Indian Medical Review
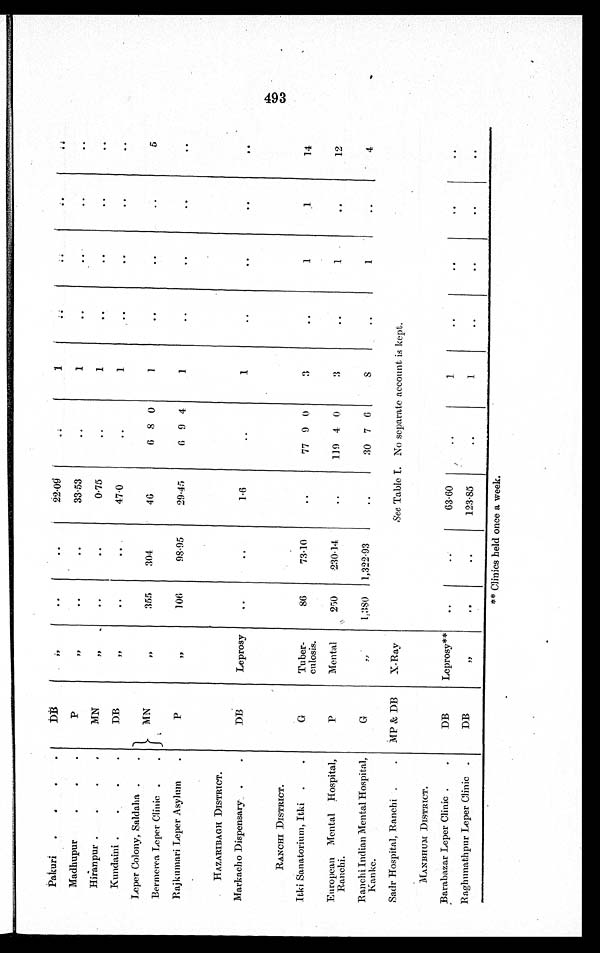
Pakuri
.
. . .
D B
„
..
..
22.09
. .
1
..
..
. .
. .
Madhupur. .
.
P
„ ..
..
33.53
..
1
..
..
..
..
Hiranpur .
.
.
.
MN
„
..
. .
0.75
..
1
..
..
..
. .
Kundaini .
. . .
DB
„ ..
. .
47.0
..
1
..
. .
. .
. .
Leper Colony, Saldaha .
.
M N
„ 355
304
46
6 8 0
1
..
..
..
5
Bermerea Leper Clinic .
.
Rajkumari Leper Asylum
.
P
„
106
98.95
29.45
6 9 4
1
..
. .
. .
. .
HAZARIBAGH DISTRICT.
DB
Leprosy
..
..
1.6
..
1
..
. .
. .
. .
Markacho Dispensary .
.
RANCHI DISTRICT.
G
Tuber-
culosis.
86
73.1
..
77 9 0
3
..
1
1
14
Itki Sanatorium, Itki
.
.
European Mental
Hospital,
Ranchi.
P
Mental
250
230.14
..
119 4 0
3
..
1
..
12
Ranchi Indian Mental Hospital,
K a n k e .
G
„
1,380
1,322.93
..
30 7 6
8
..
1
..
4
Sadr Hospital, Ranchi .
.
MP & DB
X-Ray
See Table I. No separate account is kept.
MANBHUM DISTRICT.
Barabazar Leper Clinic .
.
DB
Leprosy**
..
..
63.60
..
1
. .
. .
. .
. .
Raghunathpur Leper Clinic .
DB
„
. .
. .
123.85
..
1
..
..
..
..
** Clinics held once a week.
493